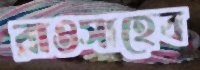
রাওসাহেব